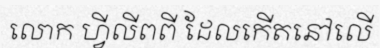
លោក ហ្វីលីពពី ដែលកើតនៅលើ